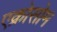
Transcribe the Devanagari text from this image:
एक्रोसोम